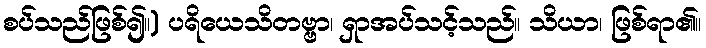
စပ်သည်ဖြစ်၍။) ပရိယေသိတဗ္ဗာ၊ ရှာအပ်သင့်သည်။ သိယာ၊ ဖြစ်ရာ၏။